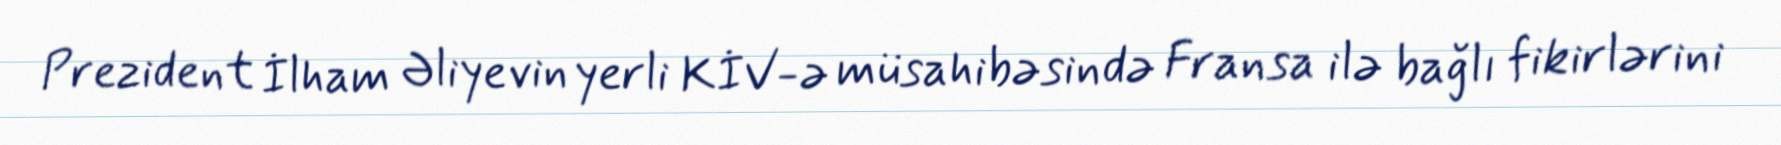
Prezident İlham Əliyevin yerli KİV-ə müsahibəsində Fransa ilə bağlı fikirlərini